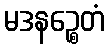
မဒနဉ္စေတံ